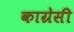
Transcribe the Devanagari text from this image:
काग्रेसी